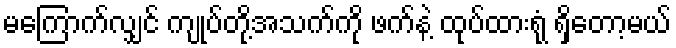
မကြောက်လျှင် ကျုပ်တို့အသက်ကို ဖက်နဲ့ ထုပ်ထားရုံ ရှိတော့မယ်